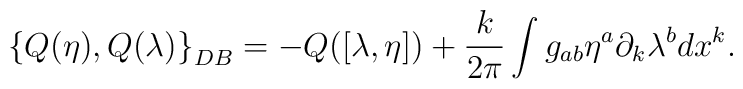
\left\{Q(\eta),Q(\lambda)\right\}_{DB} = -Q([\lambda,\eta]) +  {k\over    2\pi}\int g_{ab} \eta^a \partial_k \lambda^b dx^k.